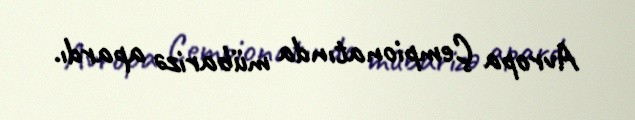
Avropa Çempionatında mübarizə apardı.